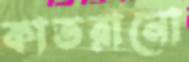
কাতরানো